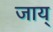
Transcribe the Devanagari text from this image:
जाय्